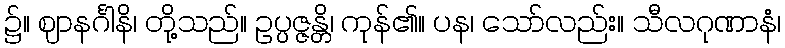
၌။ ဈာနင်္ဂါနိ၊ တို့သည်။ ဥပ္ပဇ္ဇန္တိ၊ ကုန်၏။ ပန၊ သော်လည်း။ သီလဂုဏာနံ၊